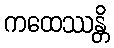
ကထေဿန္တိ